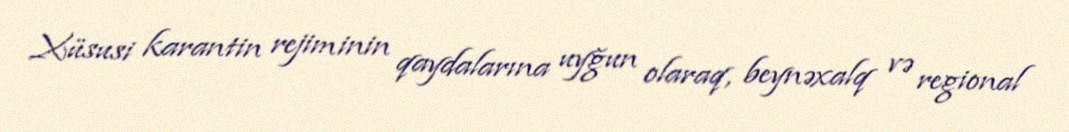
Xüsusi karantin rejiminin qaydalarına uyğun olaraq, beynəxalq və regional